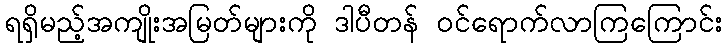
ရရှိမည့်အကျိုးအမြတ်များကို ဒါပီတန် ဝင်ရောက်လာကြကြောင်း